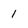
Character: 1